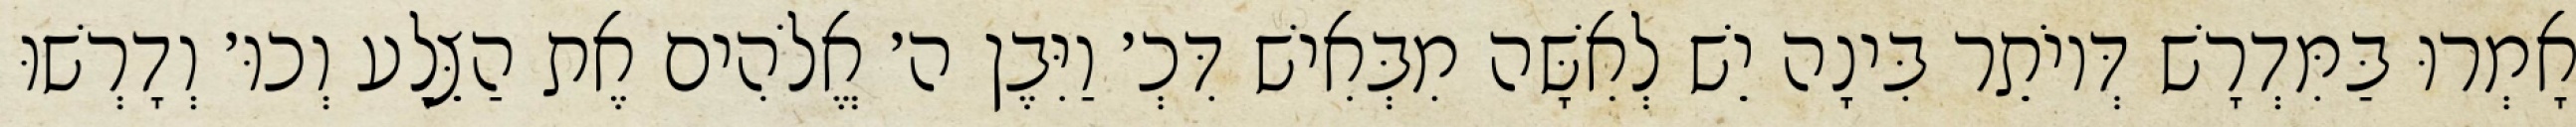
אָמְרוּ בַּמִּדְרָשׁ דְּיוֹתֵר בִּינָה יֵשׁ לְאִשָּׁה מִבְּאִישׁ דִּכְ׳ וַיִּבֶן ה׳ אֱלֹהִים אֶת הַצֵּלָע וְכוּ׳ וְדָרְשׁוּ